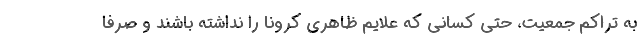
به تراکم جمعیت، حتی کسانی که علایم ظاهری کرونا را نداشته باشند و صرفا